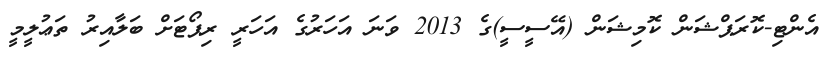
އެންޓި-ކޮރަޕްޝަން ކޮމިޝަން (އޭސީސީ)ގެ 2013 ވަނަ އަހަރުގެ އަހަރީ ރިޕޯޓަށް ބަލާއިރު ތަޢުލީމީ